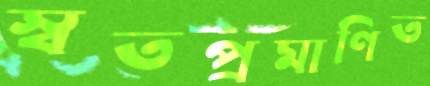
স্বতপ্রমাণিত